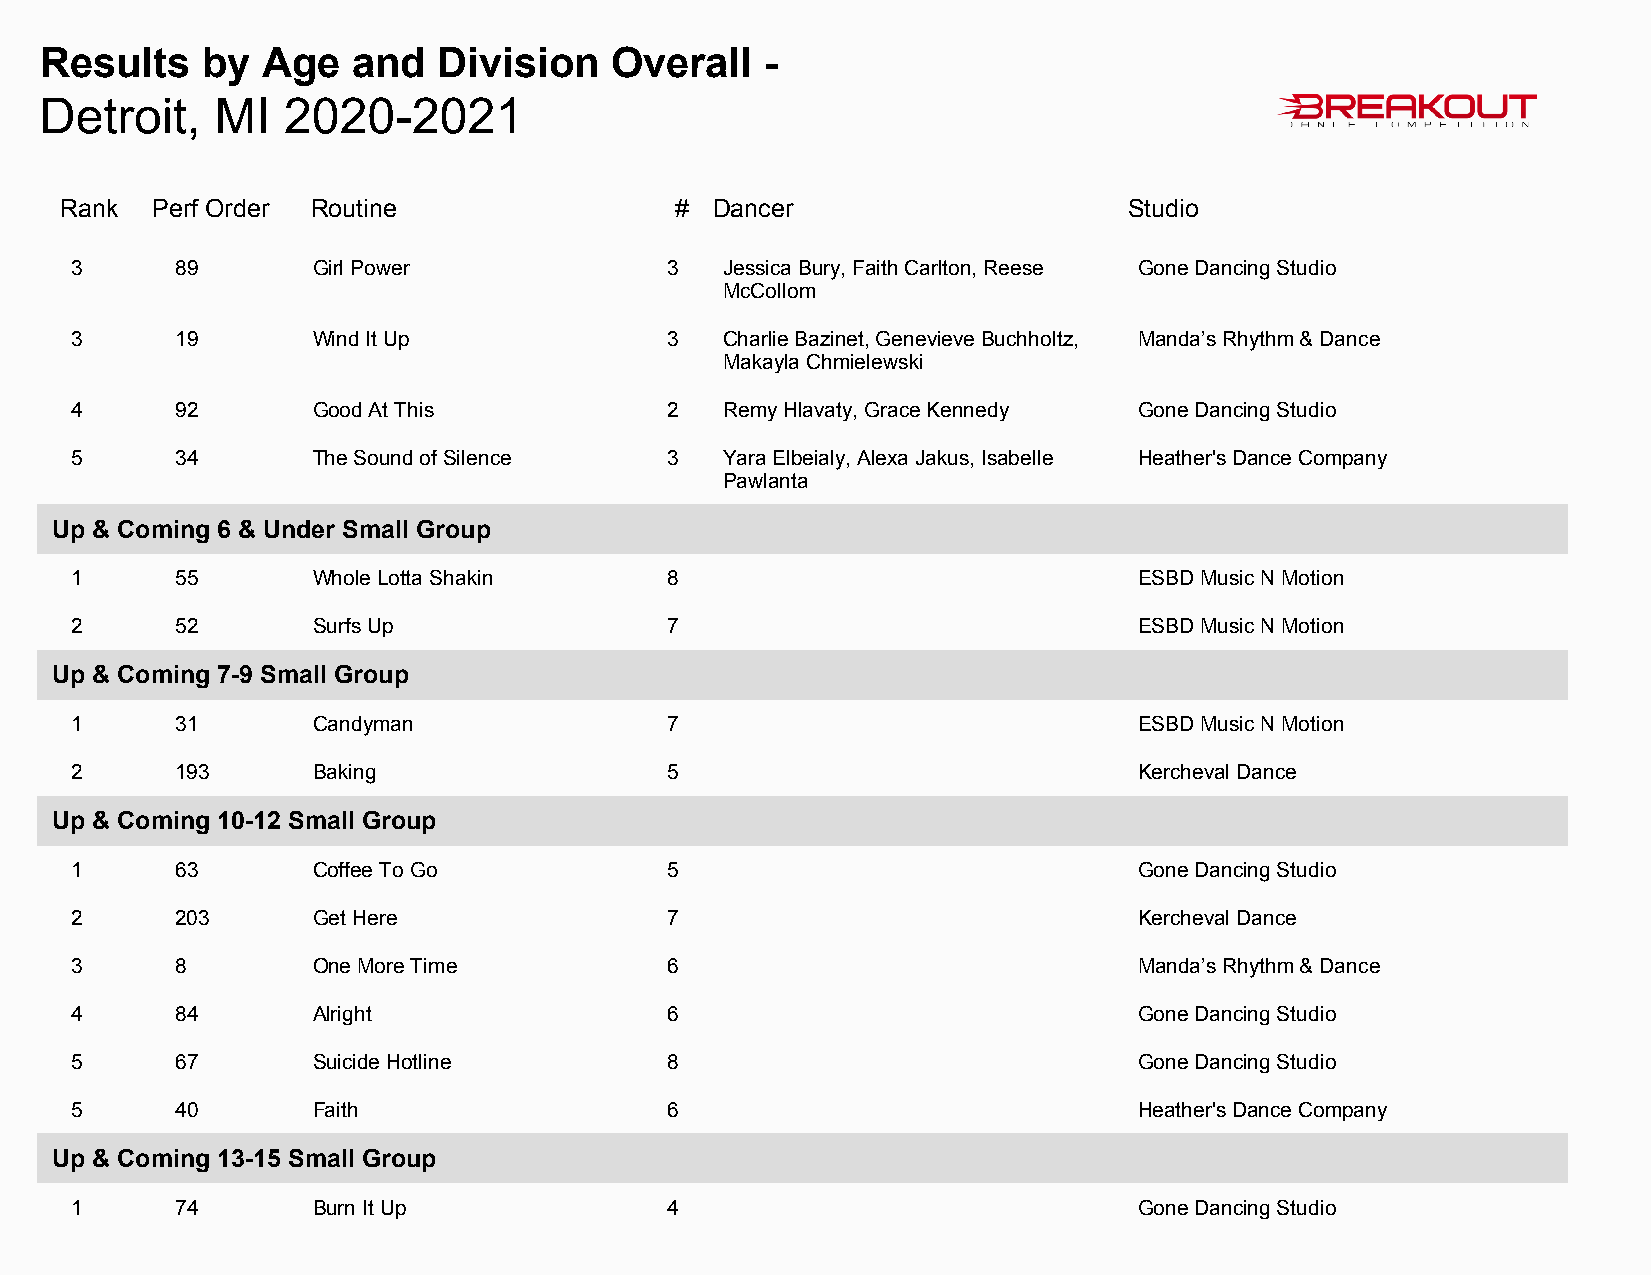
Results   by  Age   and   Division   Overall    -
 Detroit,   MI   2020-2021
 Rank  Perf Order Routine                 # Dancer                      Studio
 3      89       Girl Power             3   Jessica Bury, Faith Carlton, Reese Gone Dancing Studio
 McCollom
 3      19       Wind It Up             3   Charlie Bazinet, Genevieve Buchholtz, Manda’s Rhythm & Dance
 Makayla Chmielewski
 4      92       Good At This           2   Remy Hlavaty, Grace Kennedy Gone Dancing Studio
 5      34       The Sound of Silence   3   Yara Elbeialy, Alexa Jakus, Isabelle Heather's Dance Company
 Pawlanta
 Up & Coming 6 & Under Small Group
 1      55       Whole Lotta Shakin     8                              ESBD Music N Motion
 2      52       Surfs Up               7                              ESBD Music N Motion
 Up & Coming 7-9 Small Group
 1      31       Candyman               7                              ESBD Music N Motion
 2      193      Baking                 5                              Kercheval Dance
 Up & Coming 10-12 Small Group
 1      63       Coffee To Go           5                              Gone Dancing Studio
 2      203      Get Here               7                              Kercheval Dance
 3      8        One More Time          6                              Manda’s Rhythm & Dance
 4      84       Alright                6                              Gone Dancing Studio
 5      67       Suicide Hotline        8                              Gone Dancing Studio
 5      40       Faith                  6                              Heather's Dance Company
 Up & Coming 13-15 Small Group
 1      74       Burn It Up             4                              Gone Dancing Studio